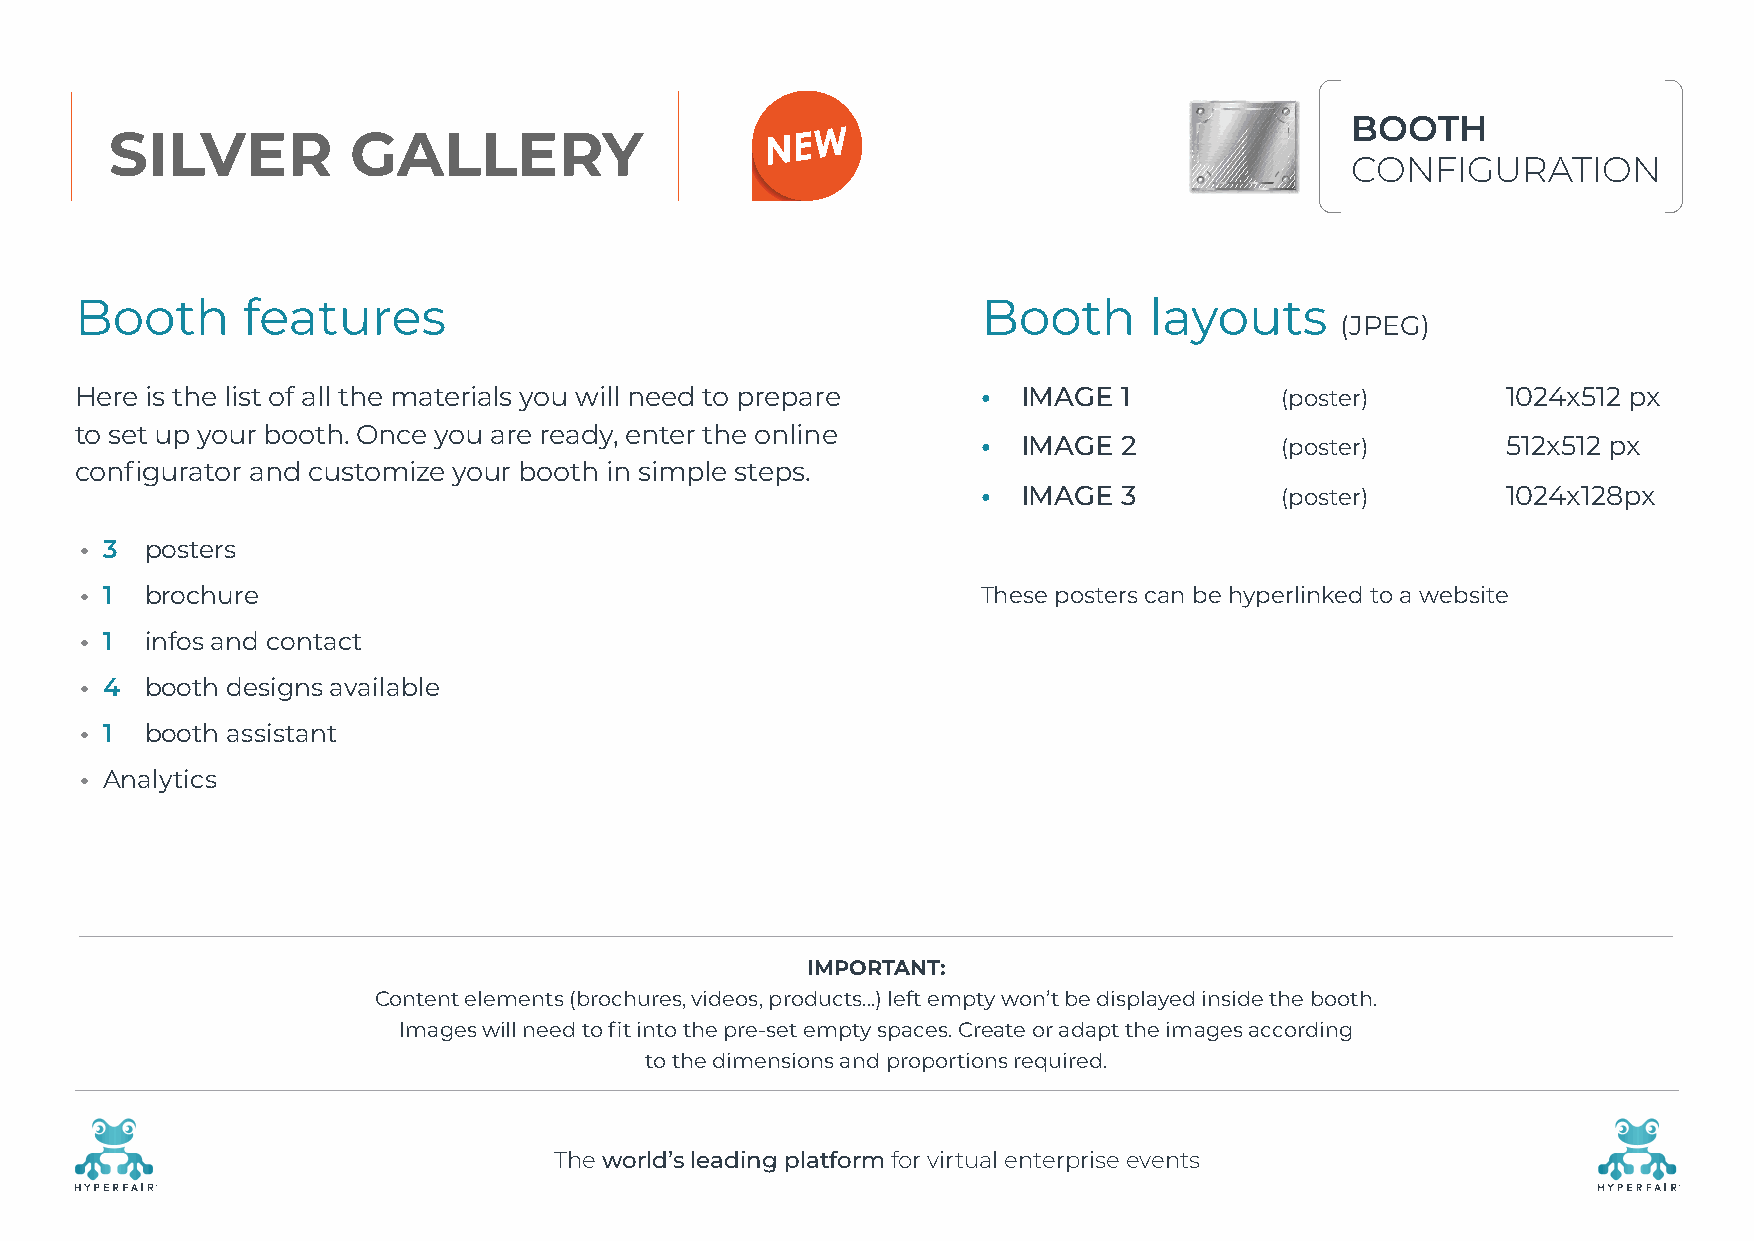
BOOTH
 SILVER          GALLERY
 CONFIGURATION
 Booth      features                                         Booth      layouts
 (JPEG)
 Here is the list of all the materials you will need to prepare • IMAGE 1        (poster)       1024x512 px
 to set up your booth. Once you are ready, enter the online
 •  IMAGE 2          (poster)       512x512 px
 configurator and customize your booth in simple steps.
 •  IMAGE 3          (poster)       1024x128px
 • 3  posters
 • 1  brochure                                               These posters can be hyperlinked to a website
 • 1  infos and contact
 • 4  booth designs available
 • 1  booth assistant
 • Analytics
 IMPORTANT:
 Content elements (brochures, videos, products…) left empty won’t be displayed inside the booth.
 Images will need to fit into the pre-set empty spaces. Create or adapt the images according
 to the dimensions and proportions required.
 The world’s leading platform for virtual enterprise events
 R                                                                                                    R